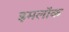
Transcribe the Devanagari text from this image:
इमलॉक